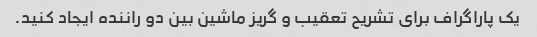
یک پاراگراف برای تشریح تعقیب و گریز ماشین بین دو راننده ایجاد کنید.